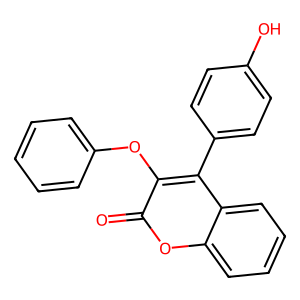
SMILES: O=c1oc2ccccc2c(-c2ccc(O)cc2)c1Oc1ccccc1
Inhibits HIV replication: No